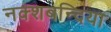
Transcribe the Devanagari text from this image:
नक्शबन्दिया